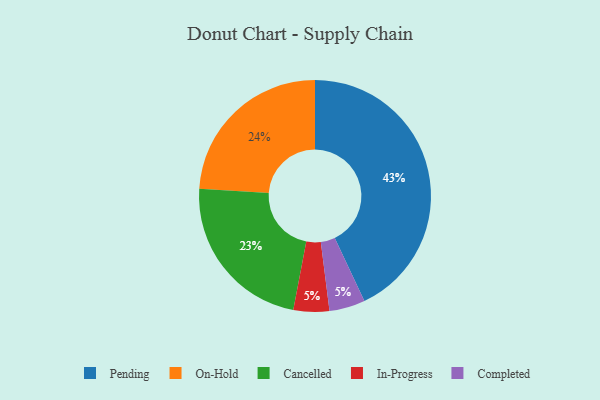
{"axis": {"x": "Category", "y": "Percentage"}, "legend": ["Cancelled", "Completed", "In-Progress", "On-Hold", "Pending"], "data": [{"x": "In-Progress", "y": 5, "type": "In-Progress"}, {"x": "Cancelled", "y": 23, "type": "Cancelled"}, {"x": "On-Hold", "y": 24, "type": "On-Hold"}, {"x": "Pending", "y": 43, "type": "Pending"}, {"x": "Completed", "y": 5, "type": "Completed"}]}